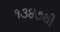
૧૩૪૭થી